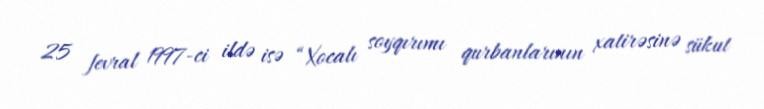
25 fevral 1997-ci ildə isə “Xocalı soyqırımı qurbanlarının xatirəsinə sükut